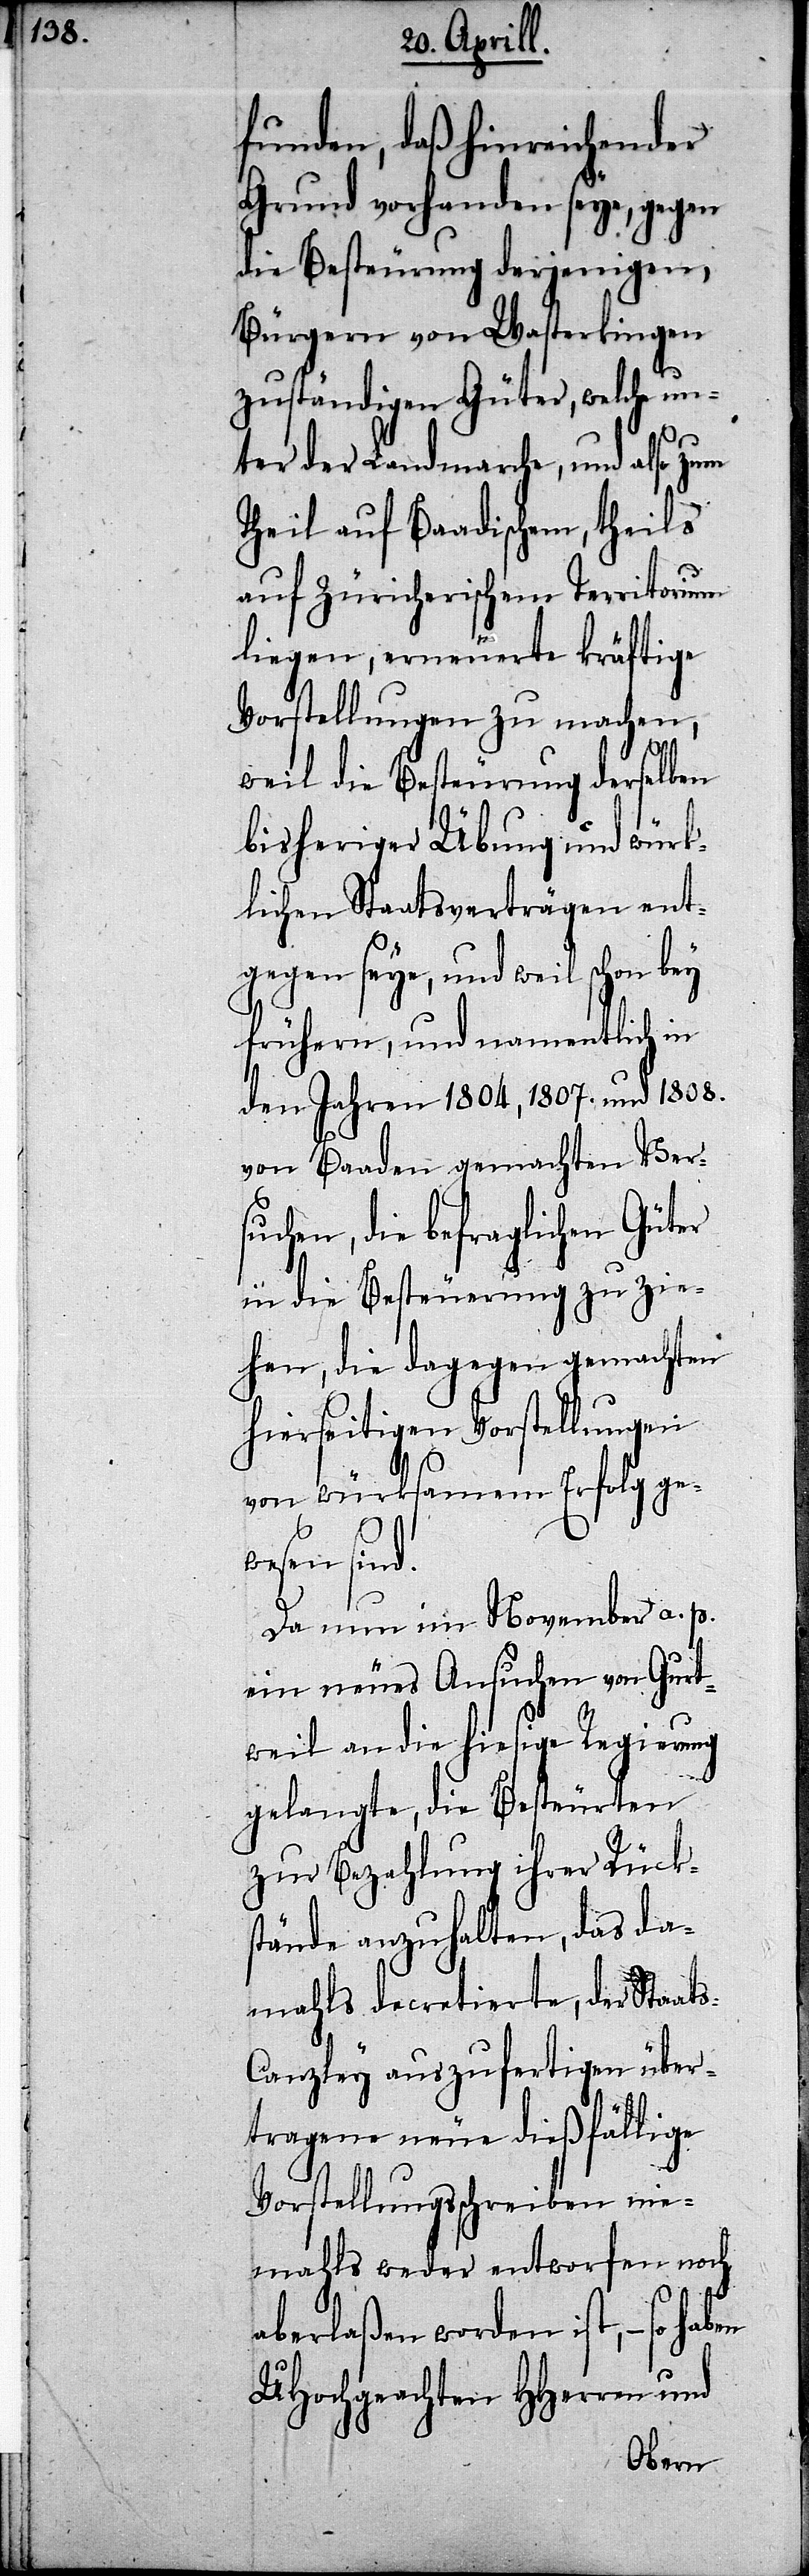
funden, daß hinreichender
Grund vorhanden seye, gegen
die Besteuerung derjenigen,
Bürgern von Wasterkingen
zuständigen Güter, welche un¬
ter der Landmarche, und also zum
Theil auf Baadischen, theils
auf Züricherischen Territorium
liegen, erneuerte kräftige
Vorstellungen zu machen,
s-C¬
weil die Besteuerung derselben
bisheriger Übung und würk¬
lichen Staatsverträgen ent¬
gegen seye, und weil schon bey
frühern, und namentlich in
den Jahren 1804, 1807. und 1808.
von Baaden gemachten Ver¬
suchen, die befraglichen Güter
in die Besteuerung zu zie¬
hen, die dagegen gemachten
hierseitigen Vorstellungen
von würksamen Erfolg ge¬
wesen sin¬
Da nun im November a. p.
ein neues Ansuchen von Gurt¬
weil an die hiesige Regierung
gelangte, die Besteuerten
zur Bezahlung ihrer Rücks¬
tände anzuhalten, das da¬
mahls decretierte, der Staat¬
anzley auszufertigen über¬
tragene neue dießfällige
Vorstellungsschreiben nie¬
mahls weder entworfen noch
aberlaßen worden ist, so haben
UHochgeachten HHerren und